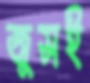
জুসই